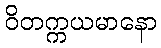
ဝိတက္ကယမာနော